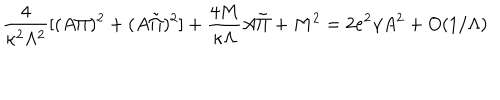
\frac { 4 } { \kappa ^ { 2 } \Lambda ^ { 2 } } [ ( A \Pi ) ^ { 2 } + ( A \tilde { \Pi } ) ^ { 2 } ] + \frac { 4 M } { \kappa \Lambda } A \tilde { \Pi } + M ^ { 2 } = 2 e ^ { 2 } \gamma A ^ { 2 } + O ( 1 / \Lambda )